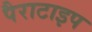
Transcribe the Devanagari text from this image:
पैराटाइप